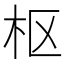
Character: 枢